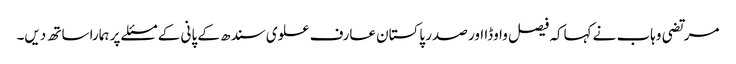
مرتضی وہاب نے کہاکہ فیصل واوڈا اور صدر پاکستان عارف علوی سندھ کے پانی کے مسئلے پر ہمارا ساتھ دیں۔